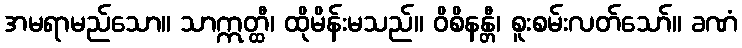
အမရာမည်သော။ သာဣတ္ထီ၊ ထိုမိန်းမသည်။ ဝိစိနန္တီ၊ စူးစမ်းလတ်သော်။ ခဏံ